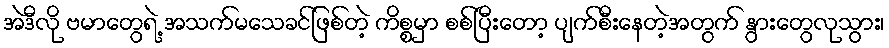
အဲဒီလို ဗမာတွေရဲ့ အသက်မသေခင်ဖြစ်တဲ့ ကိစ္စမှာ စစ်ပြီးတော့ ပျက်စီးနေတဲ့အတွက် နွားတွေလုသွား၊